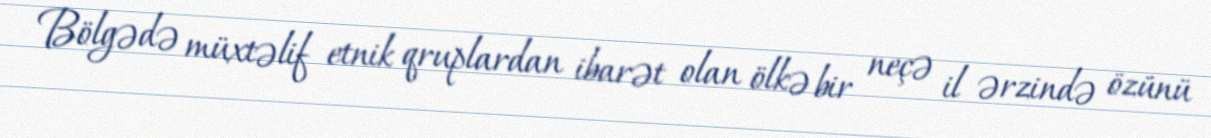
Bölgədə müxtəlif etnik qruplardan ibarət olan ölkə bir neçə il ərzində özünü